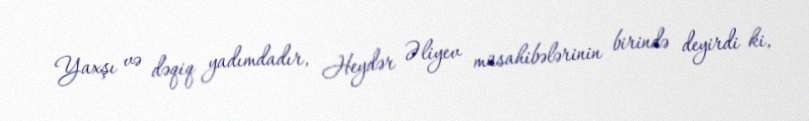
Yaxşı və dəqiq yadımdadır, Heydər Əliyev müsahibələrinin birində deyirdi ki,